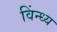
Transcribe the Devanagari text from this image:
विंन्ध्य